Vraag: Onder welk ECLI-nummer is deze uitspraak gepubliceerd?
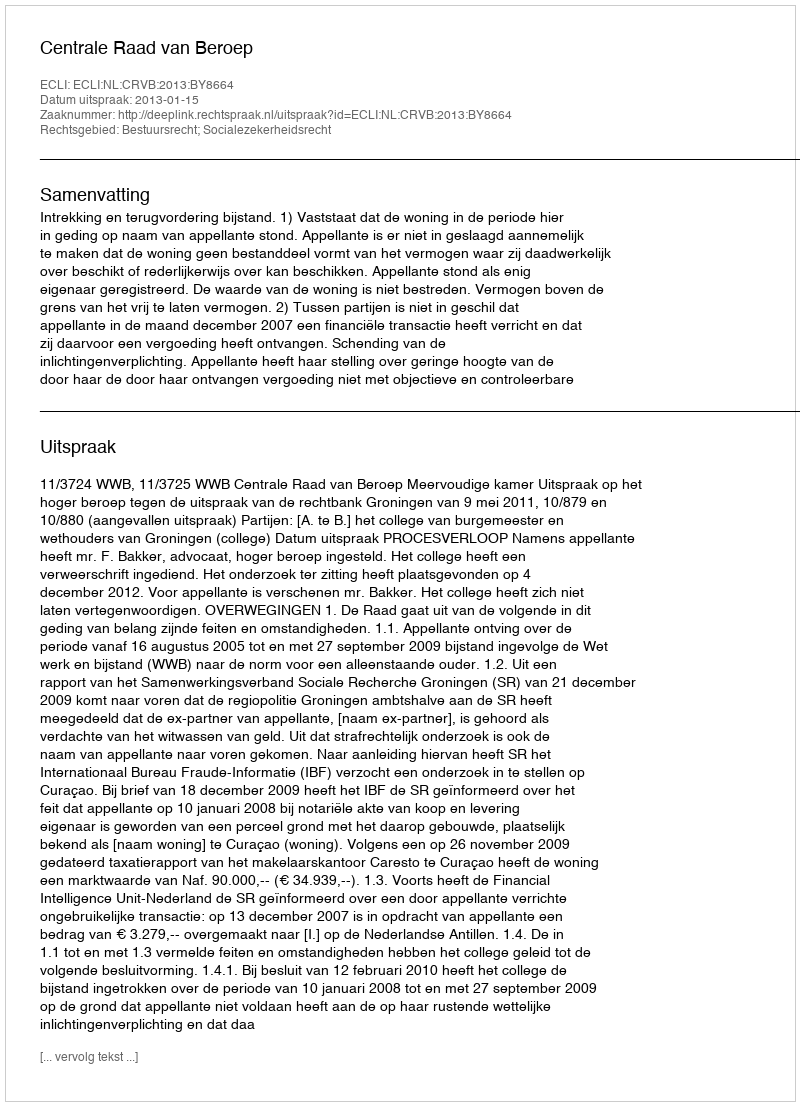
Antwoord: ECLI:NL:CRVB:2013:BY8664